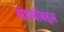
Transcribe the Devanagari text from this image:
संघर्षाबद्दल